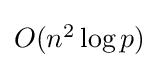
{\textstyle O(n^{2}\log p)}